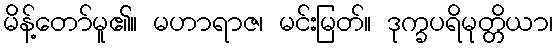
မိန့်တော်မူ၏။ မဟာရာဇ၊ မင်းမြတ်။ ဒုက္ခပရိမုတ္တိယာ၊